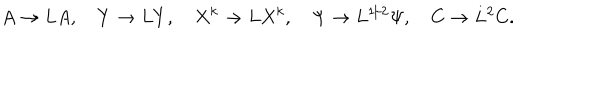
A \to L A , \quad Y \to L Y , \quad X ^ { k } \to L X ^ { k } , \quad \Psi \to L ^ { 1 / 2 } \Psi , \quad C \to L ^ { 2 } C .